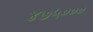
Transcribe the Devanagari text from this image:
४७५०००